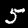
Digit: 5